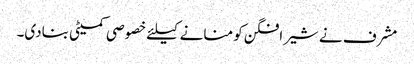
مشرف نے شیرافگن کو منانے کیلئے خصوصی کمیٹی بنادی۔